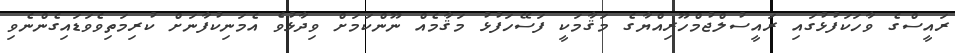
ރައީސްގެ ވާހަކަފުޅުގައި ރައީސުލްޖުމްހޫރިއްޔާގެ މަޤާމަކީ ފަސޭހަފުޅު މަޤާމެއް ނޫންކަމަށް ވިދާޅުވެ އެމަނިކުފާނަށް ކުރިމަތިވެވަޑައިގެންނެވި